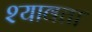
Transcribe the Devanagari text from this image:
श्यावता